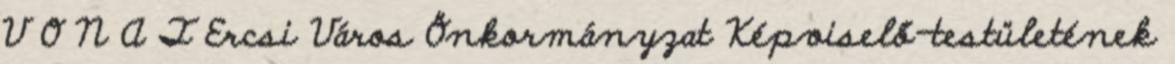
V O N A T Ercsi Város Önkormányzat Képviselő-testületének